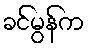
ခင်မွန်က